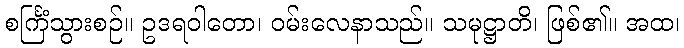
စင်္ကြံသွားစဉ်။ ဥဒရဝါတော၊ ဝမ်းလေနာသည်။ သမုဋ္ဌာတိ၊ ဖြစ်၏။ အထ၊